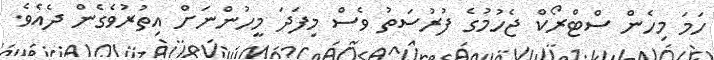
ހަމަ މިހެން ސްޓްރޯކް ޖެހުމުގެ ފުރުސަތު ވެސް މިފަދަ މީހުންނަށް އިތުރުވެގެން ދެއެވެ.